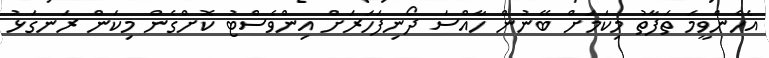
އެހެންވީމަ ތަފާތު މިކަމަށް ބޭނުން ހާއްސަ ދޯނިފަހަރަށް އިންވެސްޓު ކޮށްގެން މިކަން ރަނގަޅު